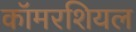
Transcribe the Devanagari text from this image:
कॉमरशियल